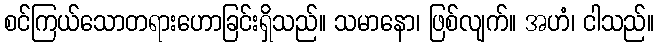
စင်ကြယ်သောတရားဟောခြင်းရှိသည်။ သမာနော၊ ဖြစ်လျက်။ အဟံ၊ ငါသည်။